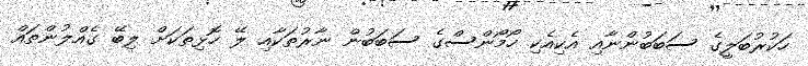
ހަކުރުބަލީގެ ސަބަބުންނާއި އެކިއެކި ހޯމޯންސްގެ ސަބަބުން ނާރުތަކާއި ލޭ ހޮޅިތަކަށް ލިބޭ ގެއްލުންތައް